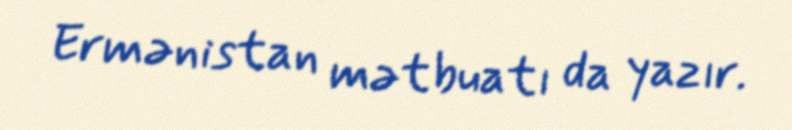
Ermənistan mətbuatı da yazır.